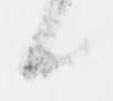
候